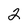
Character: 2